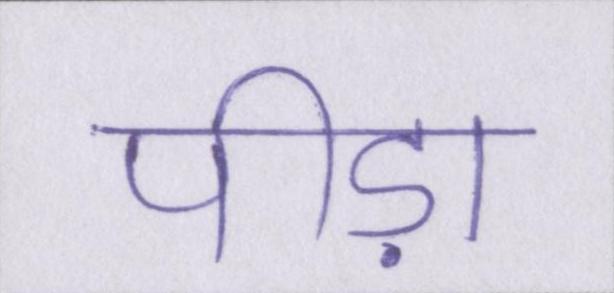
पीड़ा